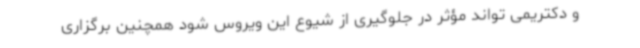
و دکتریمی تواند مؤثر در جلوگیری از شیوع این ویروس شود همچنین برگزاری